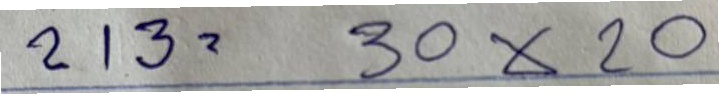
213 = 30x20